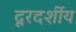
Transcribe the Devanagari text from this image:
दूरदर्शीय